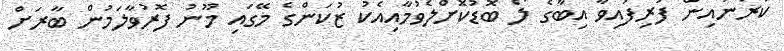
ކަރުނައިން ފުރިފައިވާ އިބާގެ ލޯ ބޮޑުކޮށްލެވުމާއިއެކު ޒުކަންގެ މޭގައި މޫނު ފޮރުވާލަމުން ބާރަށް